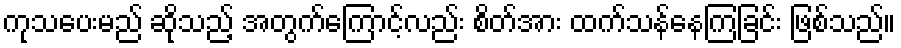
ကုသပေးမည် ဆိုသည့် အတွက်ကြောင့်လည်း စိတ်အား ထက်သန်နေကြခြင်း ဖြစ်သည်။